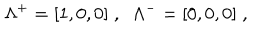
LaTeX: \Lambda ^ { + } = [ 1 , 0 , 0 ] \; , \; \; \Lambda ^ { - } = [ 0 , 0 , 0 ] \; ,